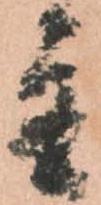
主